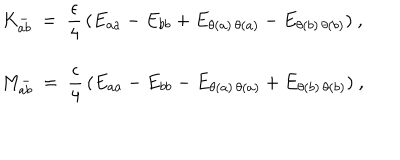
\begin{array} { c } { { { \displaystyle K _ { a b } ^ { - } ~ = ~ \frac { \epsilon } { 4 } \, ( E _ { a a } - E _ { b b } + E _ { \theta ( a ) \, \theta ( a ) } - E _ { \theta ( b ) \, \theta ( b ) } ) ~ , } } } \\ { { { \displaystyle M _ { a b } ^ { - } ~ = ~ \frac { \epsilon } { 4 } \, ( E _ { a a } - E _ { b b } - E _ { \theta ( a ) \, \theta ( a ) } + E _ { \theta ( b ) \, \theta ( b ) } ) ~ , } } } \\ \end{array}